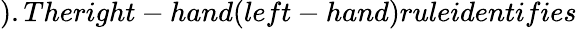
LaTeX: ).Theright-hand(left-hand)ruleidentifies